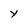
Character: y